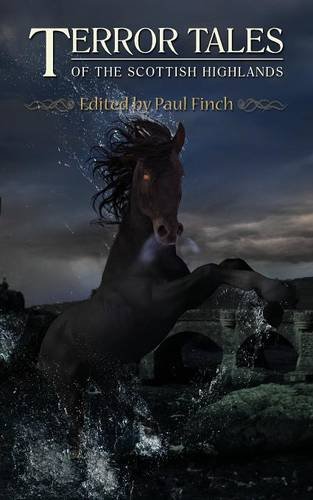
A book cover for TERROR TALES OF THE SCOTTISH HIGHLANDS; Romance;